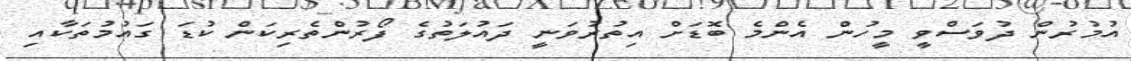
އުމުރުން ދުވަސްވީ މީހުން އެންމެ ބޮޑަށް އިތުރުވަނީ ދައުލަތުގެ ފޯރުންތެރިކަން ކުޑަ ގައުމުތަކާއި